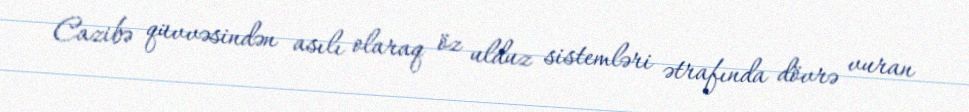
Cazibə qüvvəsindən asılı olaraq öz ulduz sistemləri ətrafında dövrə vuran